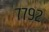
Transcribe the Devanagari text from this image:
७७९२